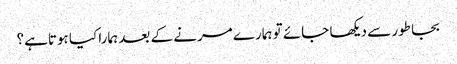
بجا طور سے دیکھا جائے تو ہمارے مرنے کے بعد ہمارا کیا ہوتاہے؟